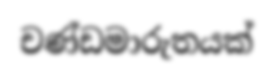
චණ්ඩමාරුතයක්